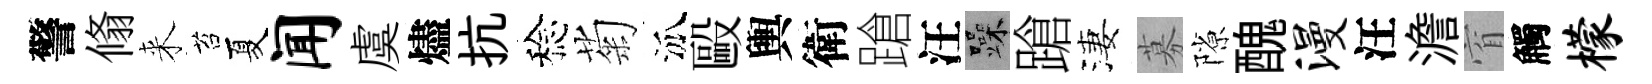
警翛来苔夏闻虞燼抗稔菊泒毆輿衛蹌汪躁蹌淒募隙醜漫汪澹窅觸檬